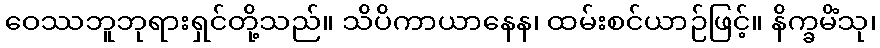
ဝေဿဘူဘုရားရှင်တို့သည်။ သိပိကာယာနေန၊ ထမ်းစင်ယာဉ်ဖြင့်။ နိက္ခမိံသု၊